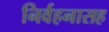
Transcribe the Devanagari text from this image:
निर्वहनासह